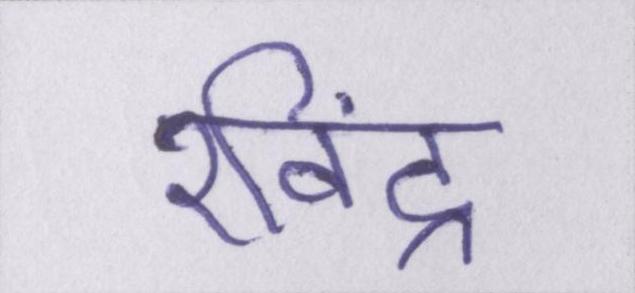
रविंद्र